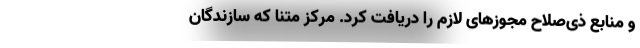
و منابع ذی‌صلاح مجوزهای لازم را دریافت کرد. مرکز متنا که سازندگان